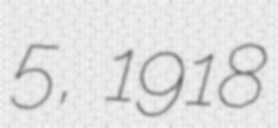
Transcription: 5, 1918